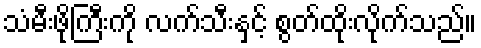
သံမီးဖိုကြီးကို လက်သီးနှင့် စွတ်ထိုးလိုက်သည်။